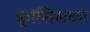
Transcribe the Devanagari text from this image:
फ़्रांसिसको